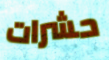
حشرات